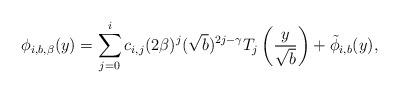
LaTeX: \begin{align*} \phi_{i, b, \beta}(y) = \sum_{j=0}^i c_{i,j}(2\beta)^j (\sqrt{b})^{2j-\gamma} T_{j} \left( \frac{y}{\sqrt{b}} \right) + \tilde \phi_{i,b} (y), \end{align*}